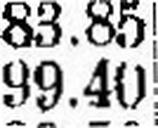
99.40